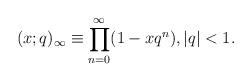
LaTeX: \begin{align*} (x;q)_\infty\equiv\prod_{n=0}^\infty(1-xq^n),|q|<1.\end{align*}